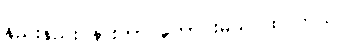
နည်းနည်း နားတာ ကောင်းမယ် ထင်တယ်။